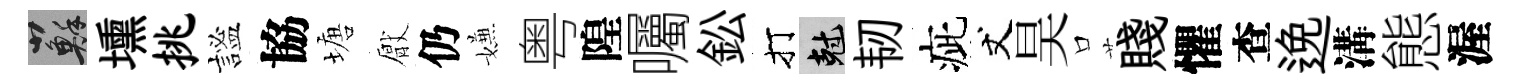
蘇壎挑謐協塘厭仍嫌粤隍囑鈆打剋韧疵丈昊口賤懼查𨓜溝態渥